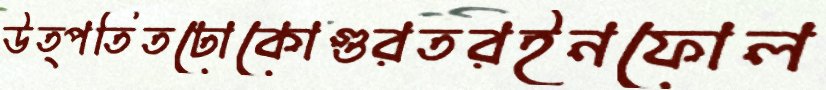
উত্পতিতঢোকোগুরতরইনফোল